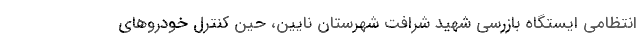
انتظامی ایستگاه بازرسی شهید شرافت شهرستان نایین، حین کنترل خودروهای